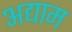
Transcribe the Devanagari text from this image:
अद्याम